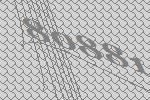
80881